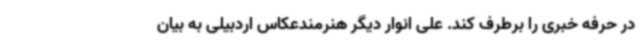
در حرفه خبری را برطرف کند. علی انوار دیگر هنرمندعکاس اردبیلی به بیان